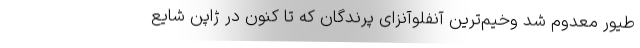
طیور معدوم شد وخیم‌ترین آنفلوآنزای پرندگان که تا کنون در ژاپن شایع